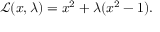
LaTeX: { \mathcal { L } } ( x , \lambda ) = x ^ { 2 } + \lambda ( x ^ { 2 } - 1 ) .